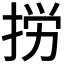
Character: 𢭐